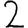
Digit: 2